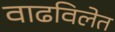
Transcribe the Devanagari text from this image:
वाढविलेत